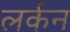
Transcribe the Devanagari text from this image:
लर्कन